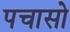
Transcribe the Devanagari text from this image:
पचासो